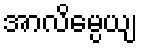
အာလိမ္ပေယျ